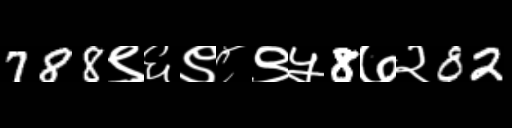
Text: 788९६९८९५8७२82